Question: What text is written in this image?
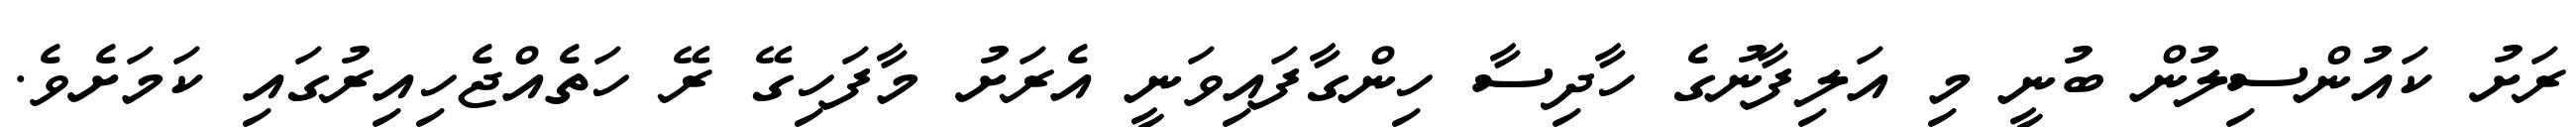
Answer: ރަށު ކައުންސިލުން ބުނީ މި އަލިފާނުގެ ހާދިސާ ހިންގާފައިވަނީ އެރަށު މާފަހިގޭ ރޭ ހަތެއްޖެހިއިރުގައި ކަމަށެވެ.